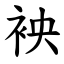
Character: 䘧